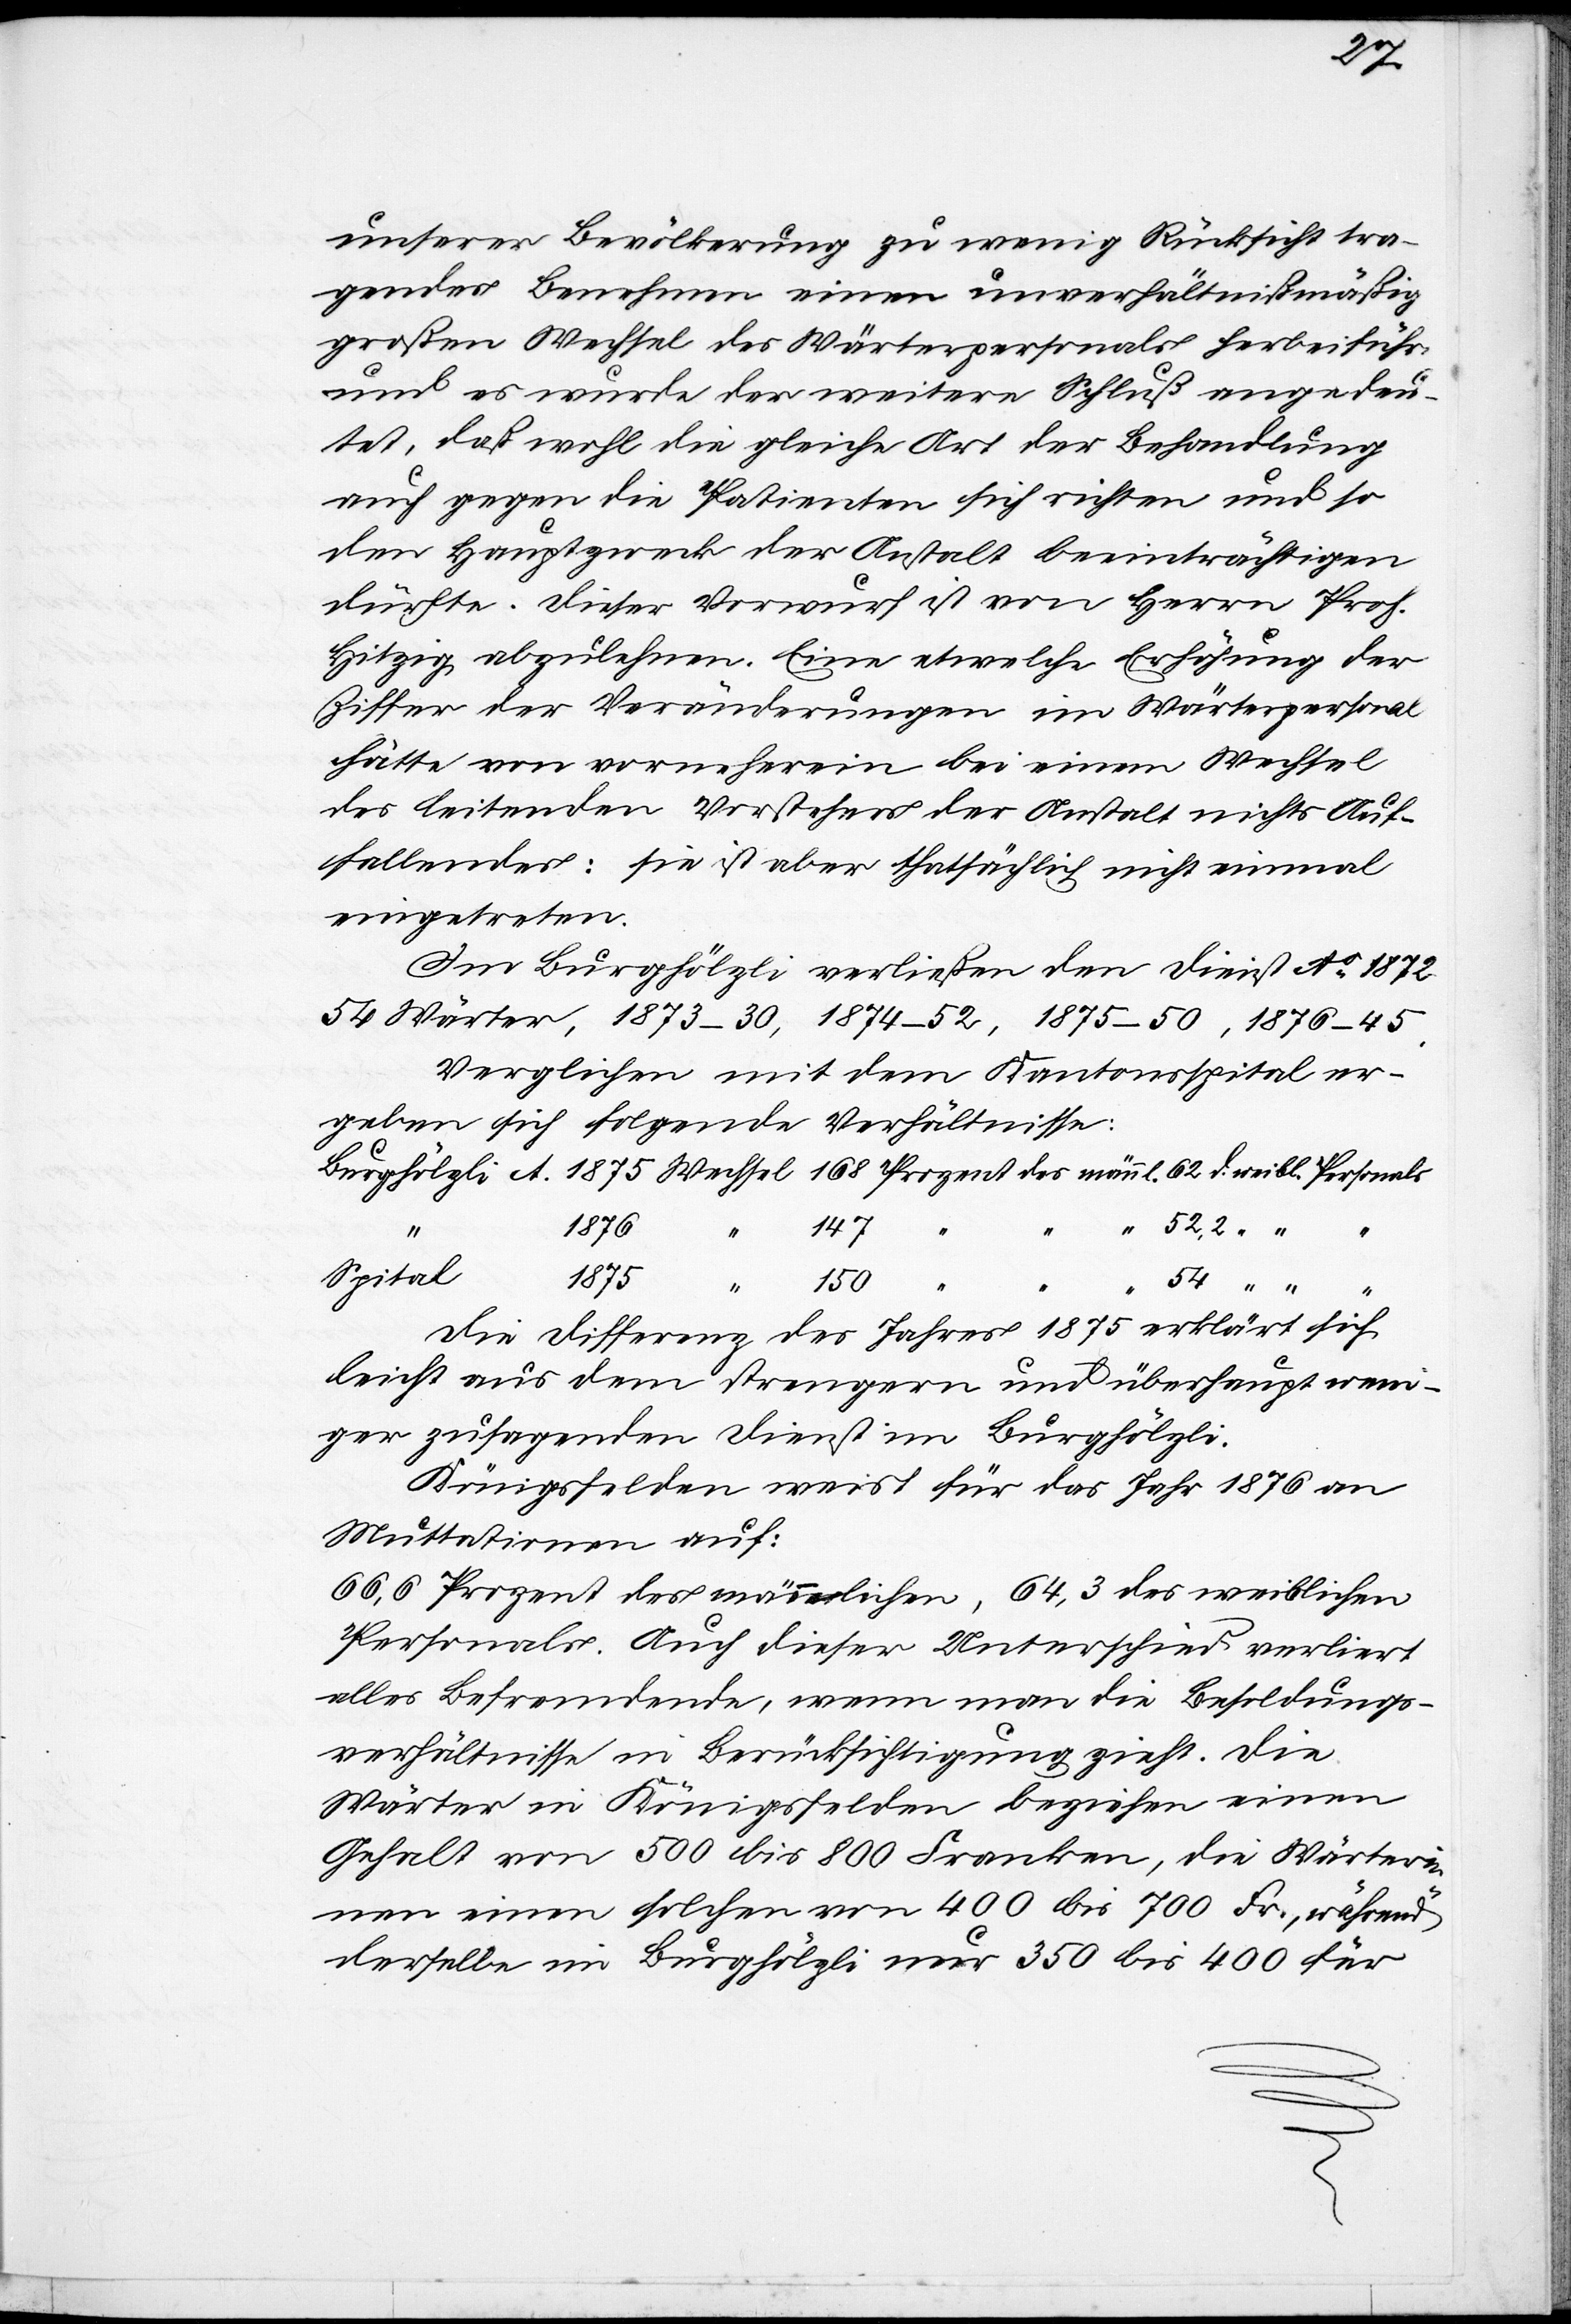
5.
des